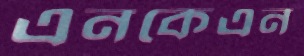
এনকেএন